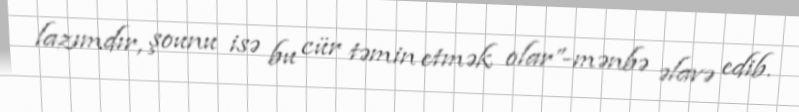
lazımdır, şounu isə bu cür təmin etmək olar”-mənbə əlavə edib.